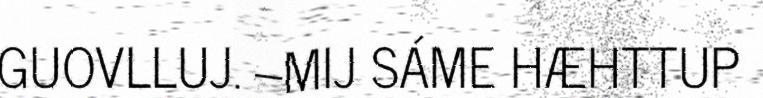
GUOVLLUJ. –MIJ SÁME HÆHTTUP